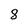
Character: 8